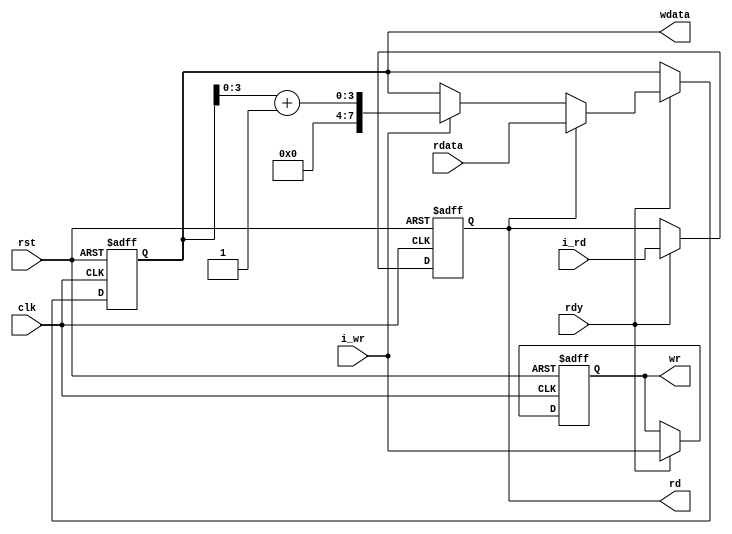
module core
# (
    parameter [3:0] id = 0
)
(
    input            clk,
    input            rst,
    input            i_rd,
    input            i_wr,
    output reg       rd,
    output reg       wr,
    input            rdy,
    output     [7:0] wdata,
    input      [7:0] rdata
);

    reg [7:0] data;
    assign wdata = data;

    always @ (posedge clk or posedge rst)
        if (rst)
        begin
            rd <= 0;
            wr <= 0;
        end
        else if (rdy)
        begin
            rd <= i_rd;
            wr <= i_wr;
        end

    reg [7:0] n_data;

    always @*
        if (rd)
            n_data = rdata;
        else if (i_wr)
            n_data = { id, data [3:0] + 4'b1 };
        else
            n_data = data;

    always @ (posedge clk or posedge rst)
        if (rst)
            data <= { id, 4'd1 };
        else if (rdy)
            data <= n_data;

endmodule